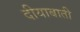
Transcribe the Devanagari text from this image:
दीयाबाती